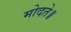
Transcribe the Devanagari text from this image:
मोदते॥